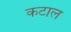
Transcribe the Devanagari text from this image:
कटाल